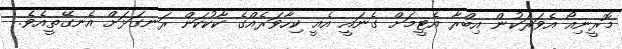
މޮރީނިއޯ އެވަރަކުން އިބްރާ އެޓީމަށް ގެނައީ އެއީ ކިހާވަރެއްގެ ކާކުކަން ރަނގަޅަށް އެނގޭތީއެވެ.